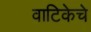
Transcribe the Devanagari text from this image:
वाटिकेचे